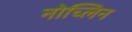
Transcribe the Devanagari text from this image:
नोच्लिन